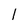
Character: 1